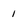
Character: 1